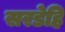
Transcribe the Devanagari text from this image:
सरडेहि